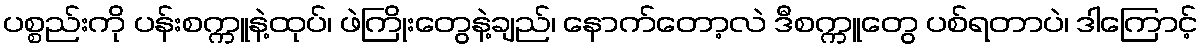
ပစ္စည်းကို ပန်းစက္ကူနဲ့ထုပ်၊ ဖဲကြိုးတွေနဲ့ချည်၊ နောက်တော့လဲ ဒီစက္ကူတွေ ပစ်ရတာပဲ၊ ဒါကြောင့်